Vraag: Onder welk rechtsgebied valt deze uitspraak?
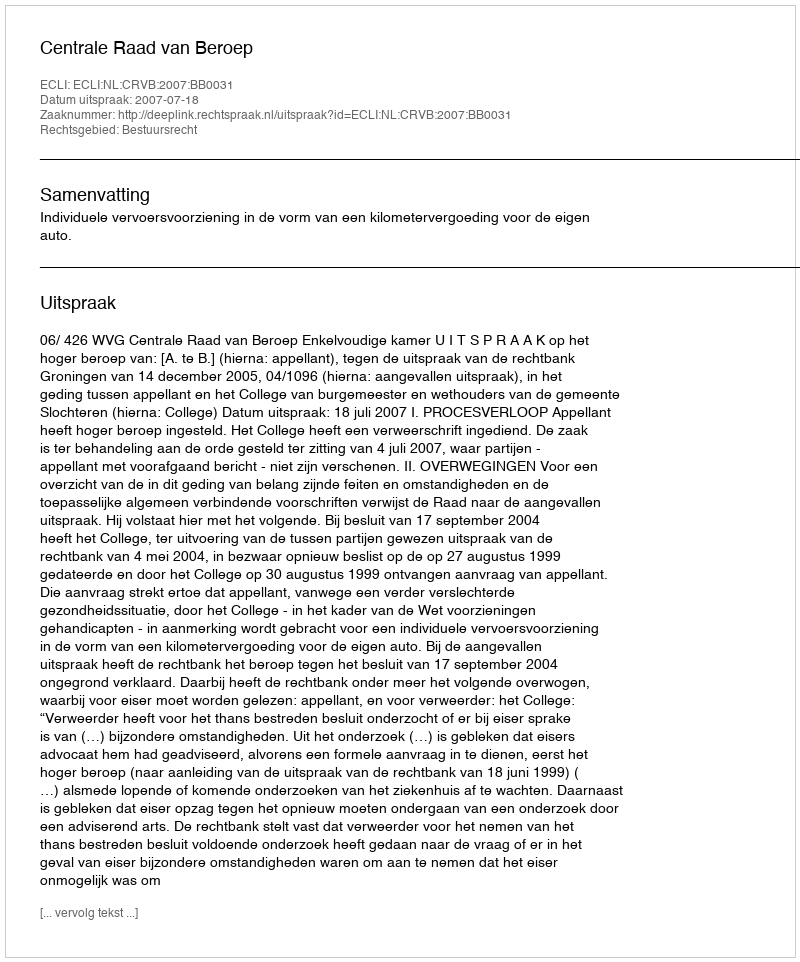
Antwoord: Bestuursrecht